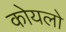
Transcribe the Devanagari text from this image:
कोयलो